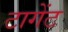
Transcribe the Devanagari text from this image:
टागेंट